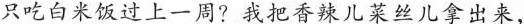
只吃白米饭过上一周?我把香辣儿菜丝儿拿出来